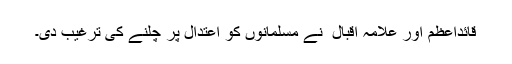
قائداعظمؒ اور علامہ اقبال ؒ نے مسلمانوں کو اعتدال پر چلنے کی ترغیب دی۔